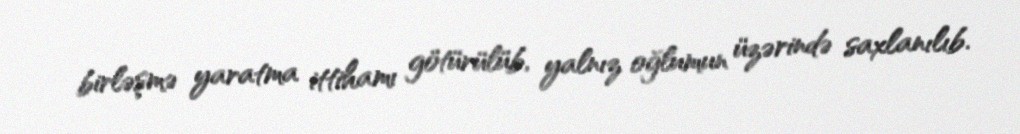
birləşmə yaratma ittihamı götürülüb, yalnız oğlumun üzərində saxlanılıb.